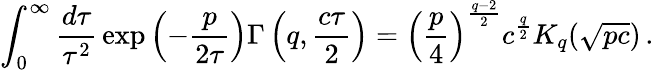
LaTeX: \int_{0}^{\infty}\frac{d\tau}{\tau^{2}}\, \mathrm{exp}\left(-\frac{p}{2\tau}\right)\Gamma\left(q,\frac{c\tau}2\right)=\left(\frac p4\right)^{\frac{q-2}2}c^{\frac q2}K_{q}(\sqrt{pc})\, .